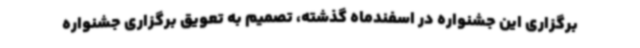
برگزاری این جشنواره در اسفندماه گذشته، تصمیم به تعویق برگزاری جشنواره